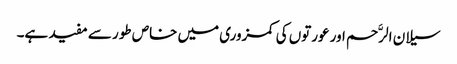
سیلان الرَّحم اور عورتوں کی کمزوری میں خاص طور سے مفید ہے۔